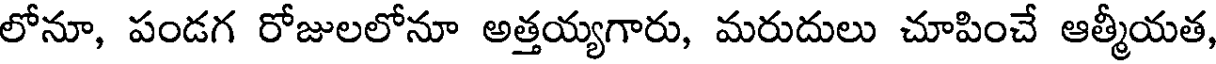
లోనూ, పండగ రోజులలోనూ అత్తయ్యగారు, మరుదులు చూపించే ఆత్మీయత,